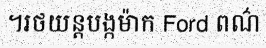
។រថយន្តបង្កម៉ាក Ford ពណ៌